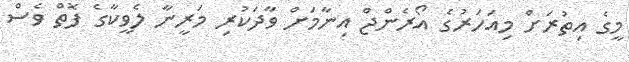
މީގެ އިތުރަށް މިއަހަރުގެ އޯރެންޖް އިނާމަށް ވާދަކުރި މަރީނާ ލެވީކާގެ ފޮތް ވެސް